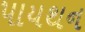
પાયથન